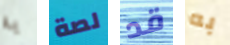
به لصة قد به